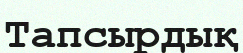
Тапсырдық